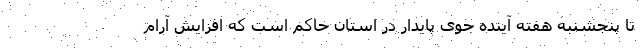
تا پنجشنبه هفته آینده جوی پایدار در استان حاکم است که افزایش آرام